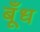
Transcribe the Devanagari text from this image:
बूँध